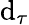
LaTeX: \mathrm{d}_{\tau}